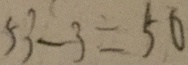
5 3 - 3 = 5 0